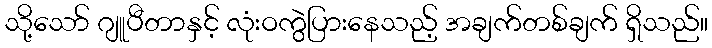
သို့သော် ဂျူပီတာနှင့် လုံးဝကွဲပြားနေသည့် အချက်တစ်ချက် ရှိသည်။